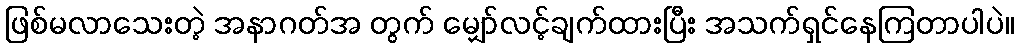
ဖြစ်မလာသေးတဲ့ အနာဂတ်အ တွက် မျှော်လင့်ချက်ထားပြီး အသက်ရှင်နေကြတာပါပဲ။